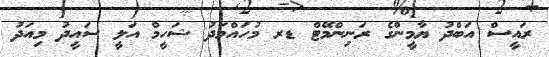
ރައީސް އަބްދު ޔާމީންގެ ރަނިންމޭޓް ޑރ މުހައްމަދު ޝަހީމް އަލީ ސައީދު މިއަދު